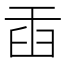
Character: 臿